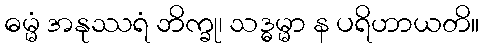
ဓမ္မံ အနုဿရံ ဘိက္ခု၊ သဒ္ဓမ္မာ န ပရိဟာယတိ။